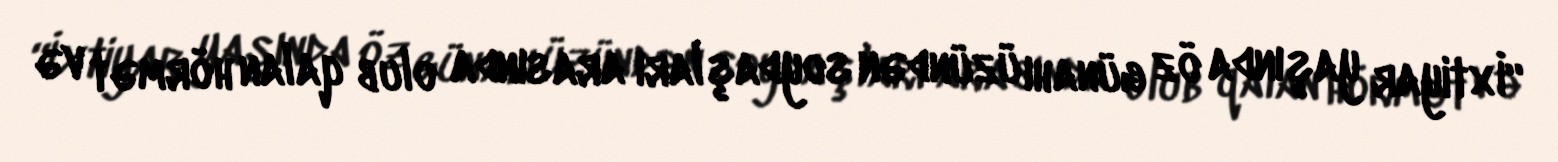
“İxtiyar yaşında öz günahı üzündən soydaşları arasında olub qalan hörmət və